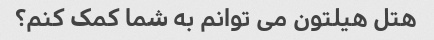
هتل هیلتون می توانم به شما کمک کنم؟